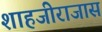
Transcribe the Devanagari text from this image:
शाहजीराजास